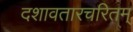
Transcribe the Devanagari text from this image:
दशावतारचरितम्